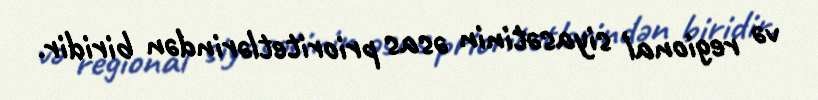
və regional siyasətinin əsas prioritetlərindən biridir.